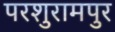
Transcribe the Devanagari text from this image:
परशुरामपुर